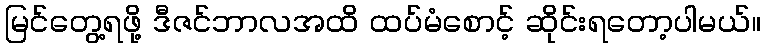
မြင်တွေ့ရဖို့ ဒီဇင်ဘာလအထိ ထပ်မံစောင့် ဆိုင်းရတော့ပါမယ်။